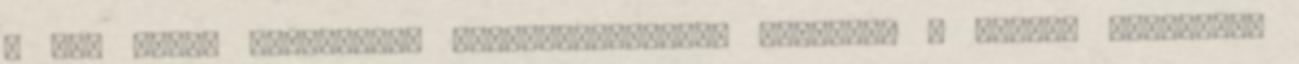
a más által elkövetett bűncselekményből származó a dolgot gazdasági